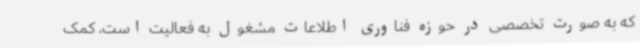
که به صورت تخصصی در حوزه فناوری اطلاعات مشغول به فعالیت است، کمک